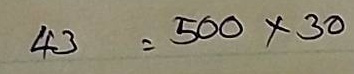
43 = 500 x 30